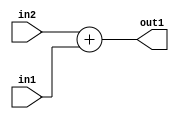
`timescale 1ps / 1ps
/*****************************************************************************
    Verilog RTL Description
    
    
    Created by: Stratus DpOpt 21.05.01 
*******************************************************************************/

module SobelFilter_Add_32Ux9U_32U_4 (
	in2,
	in1,
	out1
	); /* architecture "behavioural" */ 
input [31:0] in2;
input [8:0] in1;
output [31:0] out1;
wire [31:0] asc001;

assign asc001 = 
	+(in2)
	+(in1);

assign out1 = asc001;
endmodule

/* CADENCE  ubL0SQw= : u9/ySxbfrwZIxEzHVQQV8Q== ** DO NOT EDIT THIS LINE ******/